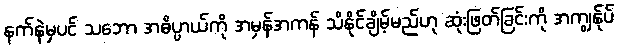
နက်နဲမှပင် သဘော အဓိပ္ပာယ်ကို အမှန်အကန် သိနိုင်ချိမ့်မည်ဟု ဆုံးဖြတ်ခြင်းကို အကျွန်ုပ်